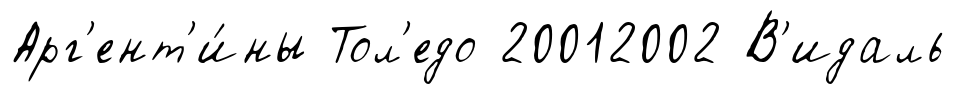
Арг'ент'и́ны Тол'едо 20012002 В'идаль